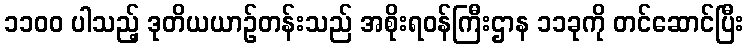
၁၁၀၀ ပါသည့် ဒုတိယယာဉ်တန်းသည် အစိုးရဝန်ကြီးဌာန ၁၁ခုကို တင်ဆောင်ပြီး